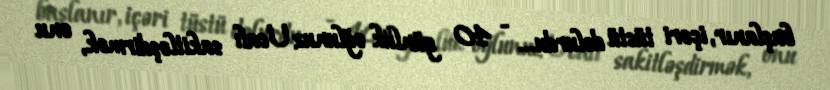
başlanır, içəri tüstü dolurdu... - 40 günlük oğlunuz Ucalı sakitləşdirmək, onu